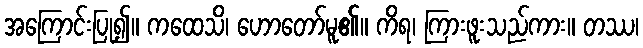
အကြောင်းပြု၍။ ကထေသိ၊ ဟောတော်မူ၏။ ကိရ၊ ကြားဖူးသည်ကား။ တဿ၊